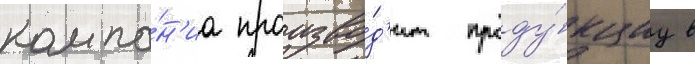
компа́н'иа произво́д'ит проду́кциу в